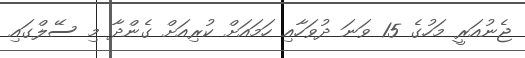
ޖެނުއަރީ މަހުގެ 15 ވަނަ ދުވަހާއި ހަމައަށް ކުރިއަށް ގެންދާ މި ސޭލްގައި